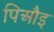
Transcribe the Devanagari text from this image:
पिऔइ